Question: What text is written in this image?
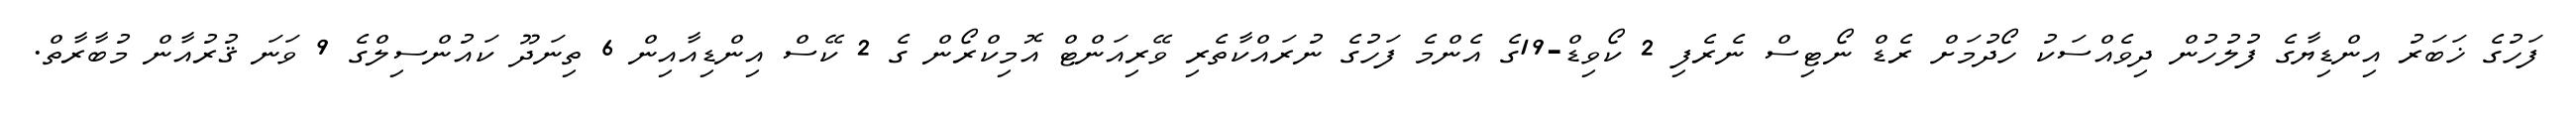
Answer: ފަހުގެ ޚަބަރު އިންޑިޔާގެ ފުލުހުން ދިވެއްސަކު ހޯދުމަށް ރެޑް ނޯޓިސް ނެރެފި 2 ކޯވިޑް-19ގެ އެންމެ ފަހުގެ ނުރައްކާތެރި ވޭރިއަންޓް އޮމިކްރޯން ގެ 2 ކޭސް އިންޑިއާއިން 6 ތިނަދޫ ކައުންސިލްގެ 9 ވަނަ ޤުރުއާން މުބާރާތް.